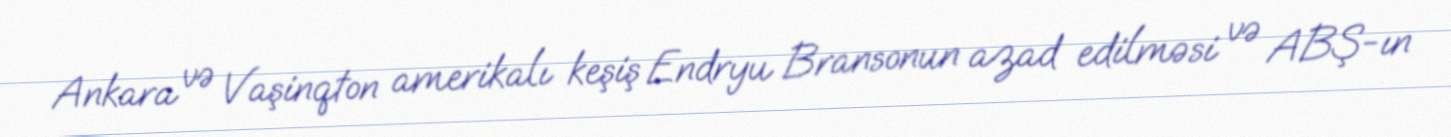
Ankara və Vaşinqton amerikalı keşiş Endryu Bransonun azad edilməsi və ABŞ-ın